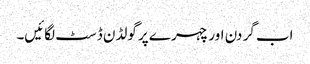
اب گر دن اور چہر ے پر گولڈن ڈسٹ لگائیں۔